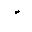
Letter: _waw